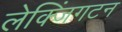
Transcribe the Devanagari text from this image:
लेक्जिंगटन